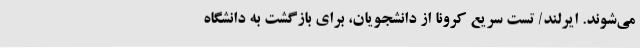
می‌شوند. ایرلند/ تست سریع کرونا از دانشجویان، برای بازگشت به دانشگاه